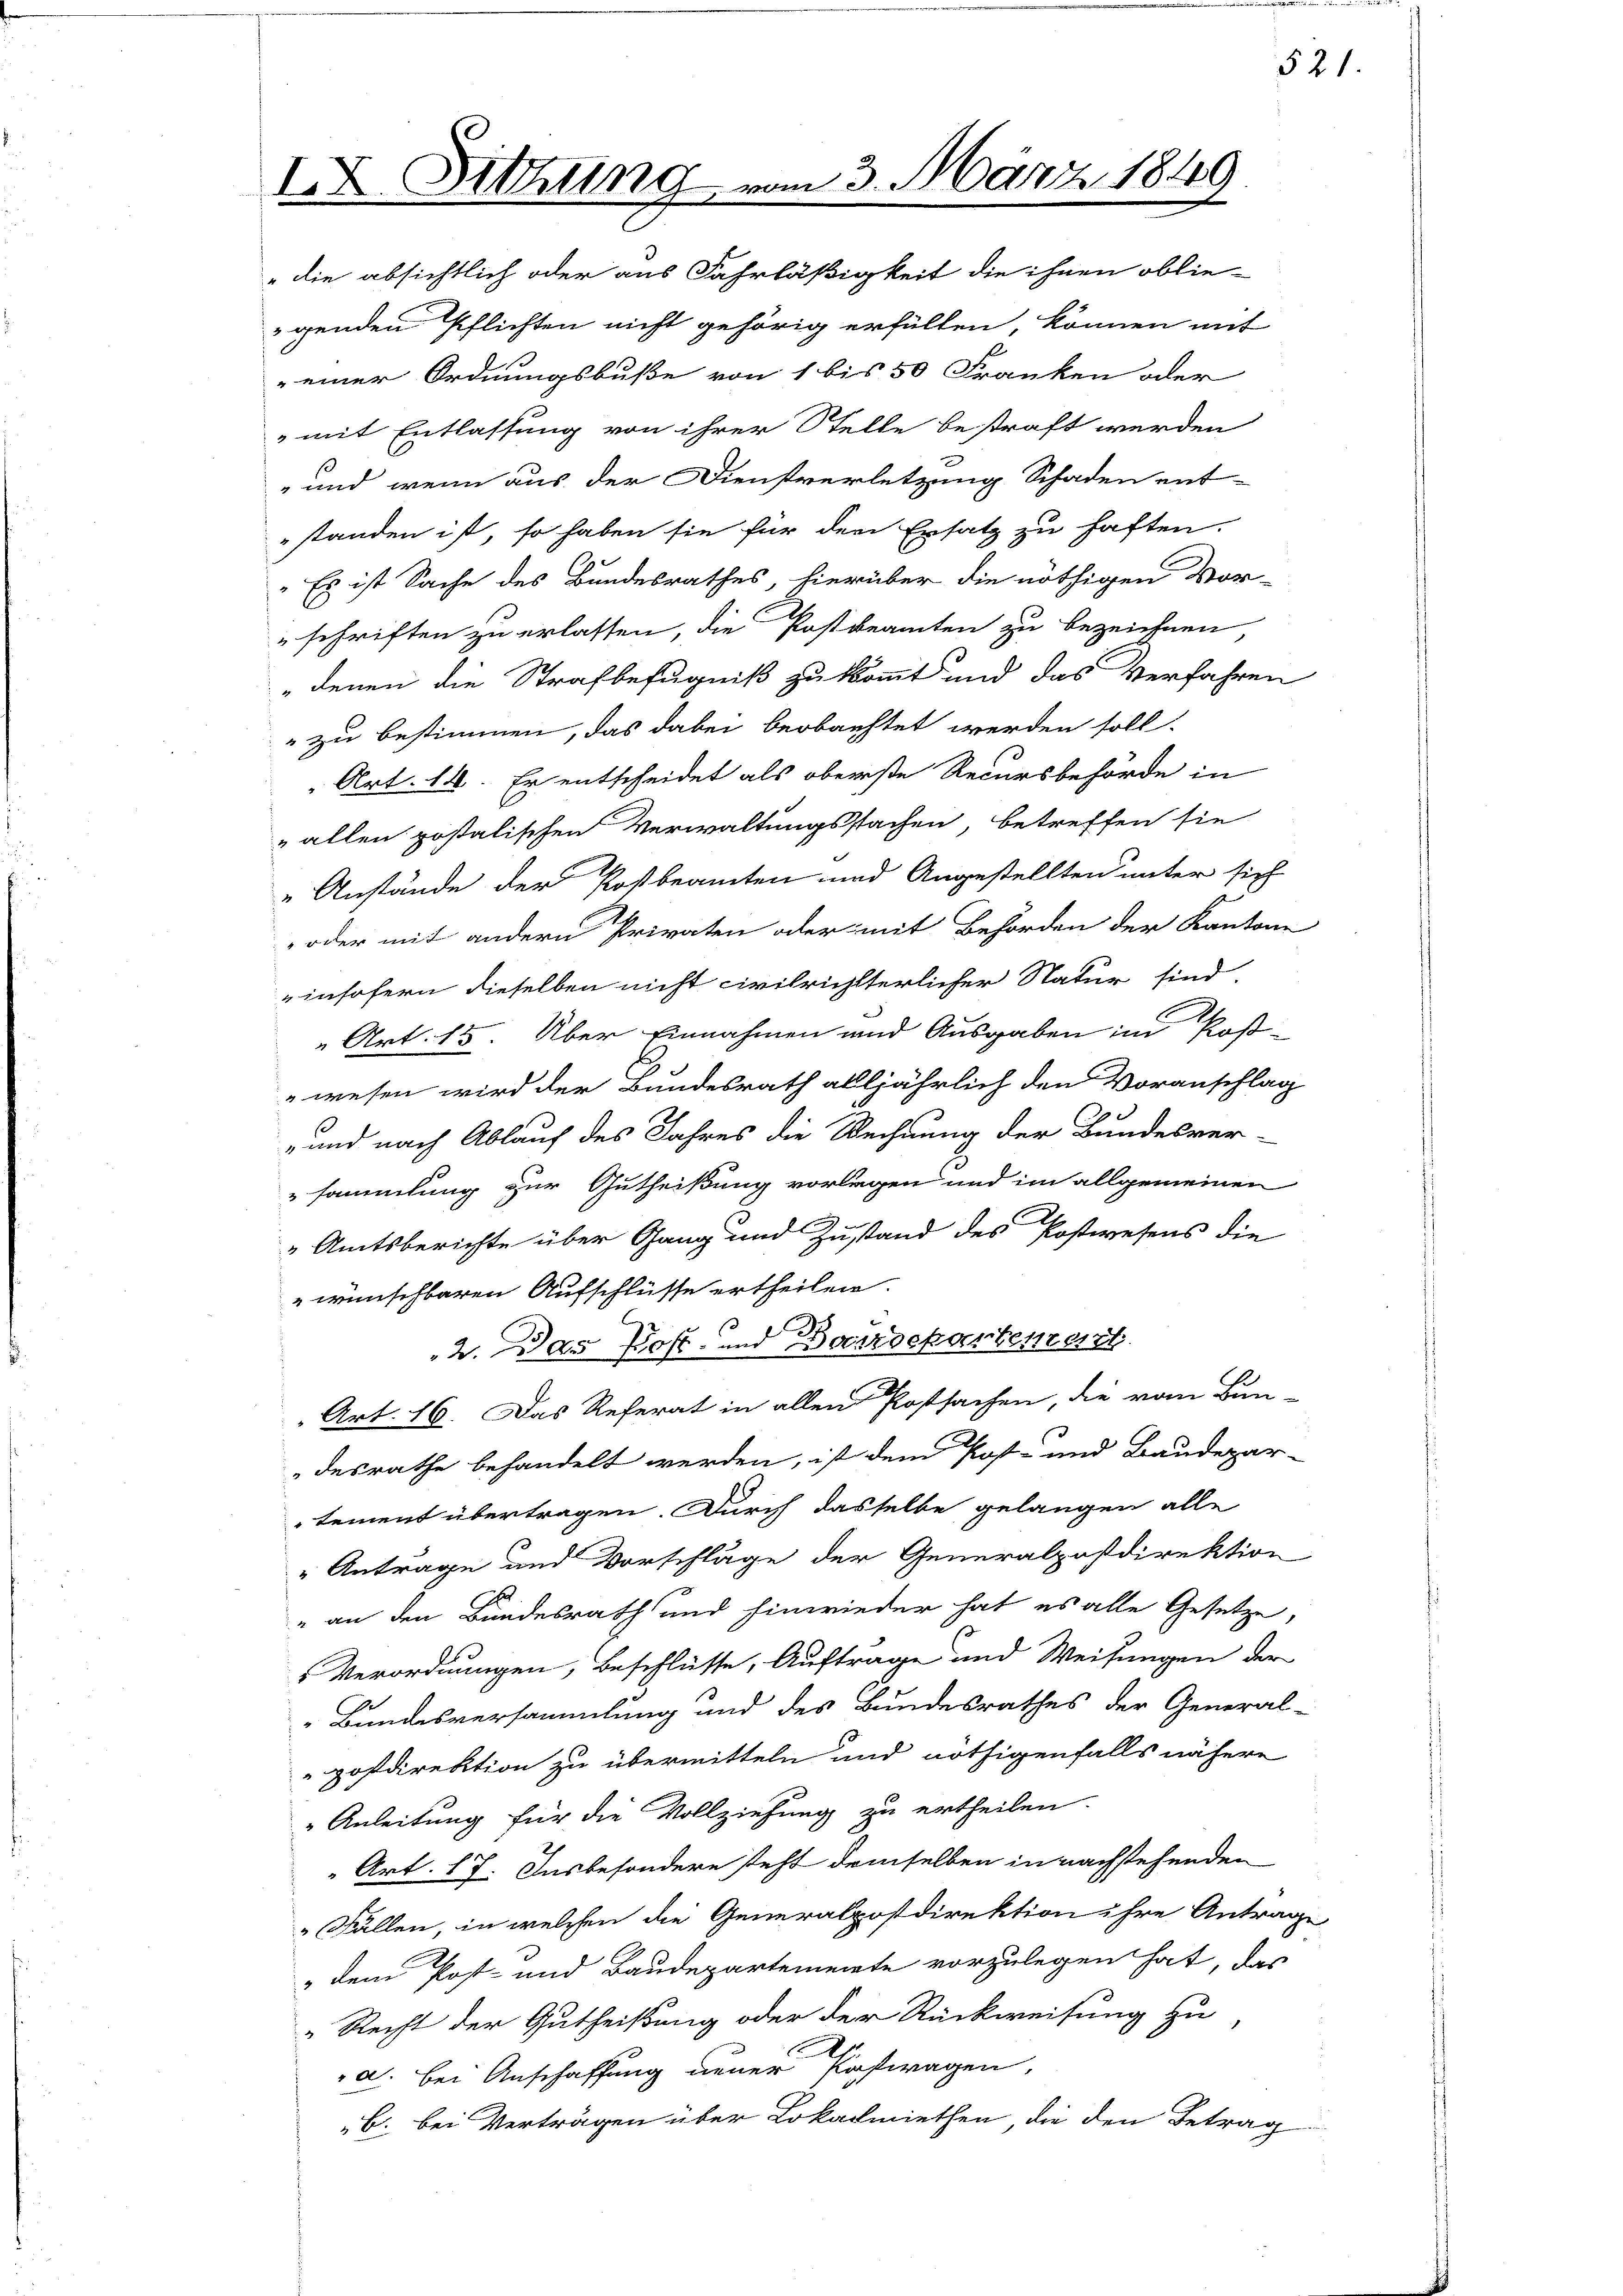
IX

Sitzung

23. März 1849

die absichtlich oder aus Fahrläßigkeit die ihnen oblie-
genden Pflichten nicht gehörig erfüllen, können mit
einer Ordnungsbuße von 1 bis 50 Franken oder
„mit Entlassung von ihrer Stelle bestraft werden
 und wenn aus der Dienstverletzung Schaden ent-
standen ist, so haben sie für den Ersatz zu haften.
"Es ist Sache des Bundesrathes, hierüber die nöthigen Vor-
schriften zu erlassen, die Postbeamten zu bezeichnen
denen die Strafbefugniß zu kommt und das Verfahren
" zu bestimmen, das dabei beobachtet werden soll.
Art. 14. Er entscheidet als oberste Recursbehörde in
„allen postalischen Verwaltungsstachen, betreffen sie
Anstände der Postbeamten und Angestellten unter sich
oder mit andern Privaten oder mit Behörden der Kantone
insofern dieselben nicht civilrichterlicher Natur sind.
„Art. 15. Über Einnahmen und Ausgaben im Post-
wesen wird der Bundesrath alljährlich den Voranschlag
und nach Ablauf des Jahres die Rechnung der Bundesver-
sammlung zur Gutheißung vorlegen und im allgemeinen
" Amtsberichte über Gang und Zustand des Postwesens die
 wünschbaren Aufschlüsse ertheilen.
2. Das Post- und Barrockartentest
Art. 16. Das Referat in allen Postsachen, die vom Bun-
desrathe behandelt werden, ist dem Post- und Baudepar-
tement übertragen. Durch dasselbe gelangen alle
" Antrage und Vorschläge der Generalpostdirektion
" an den Bundesrath und hinwieder hat es alle Gesetze,
Verordnungen, Beschlüsse, Auftrage und Weisungen der
Bundesversammlung und des Bundesrathes der General-
Hofdirektion zu übermitteln und nöthigenfalls nähere
" Anleitung für die Vollziehung zu ertheilen.
Art. 17. Das besondere steht demselben in nachstehenden
Fällen, in welchen die Generalpostdirektion ihre Antrage
„dem Post- und Baudepartemente vorzulegen hat, das
" Recht der Gutheißung oder der Rückweisung zu
.
a. bei Anschaffung neuer Postwagen,
b. bei Verträgen über Lokarmiethen die den Betrag

521.